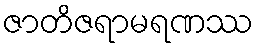
ဇာတိဇရာမရဏဿ